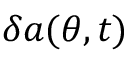
\delta a ( \theta , t )